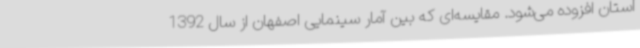
استان افزوده می‌شود. مقایسه‌ای که بین آمار سینمایی اصفهان از سال 1392